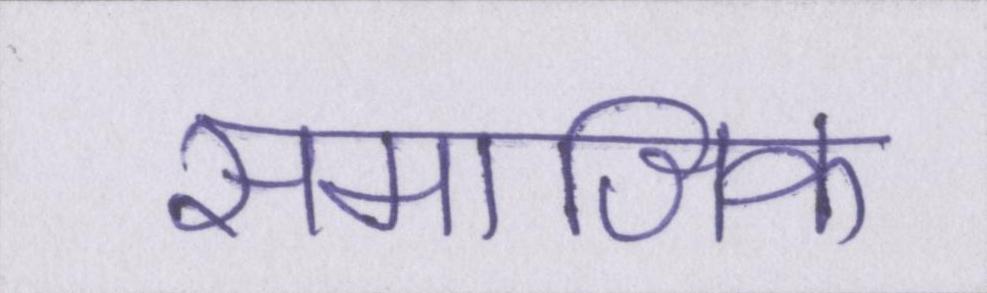
समाजिक